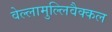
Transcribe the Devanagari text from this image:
वेल्लामुल्लिवैक्कल